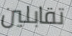
تقابلين